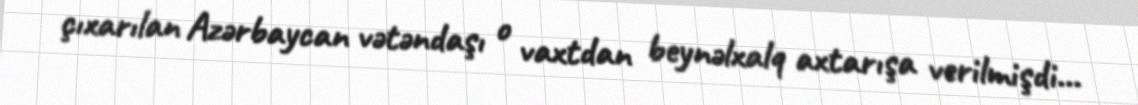
çıxarılan Azərbaycan vətəndaşı o vaxtdan beynəlxalq axtarışa verilmişdi...